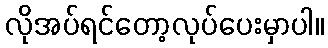
လိုအပ်ရင်တော့လုပ်ပေးမှာပါ။